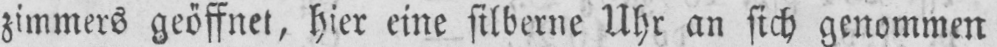
zimmers geöffnet, hier eine silberne Uhr an sich genommen